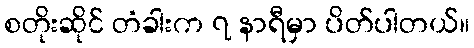
စတိုးဆိုင် တံခါးက ၇ နာရီမှာ ပိတ်ပါတယ်။